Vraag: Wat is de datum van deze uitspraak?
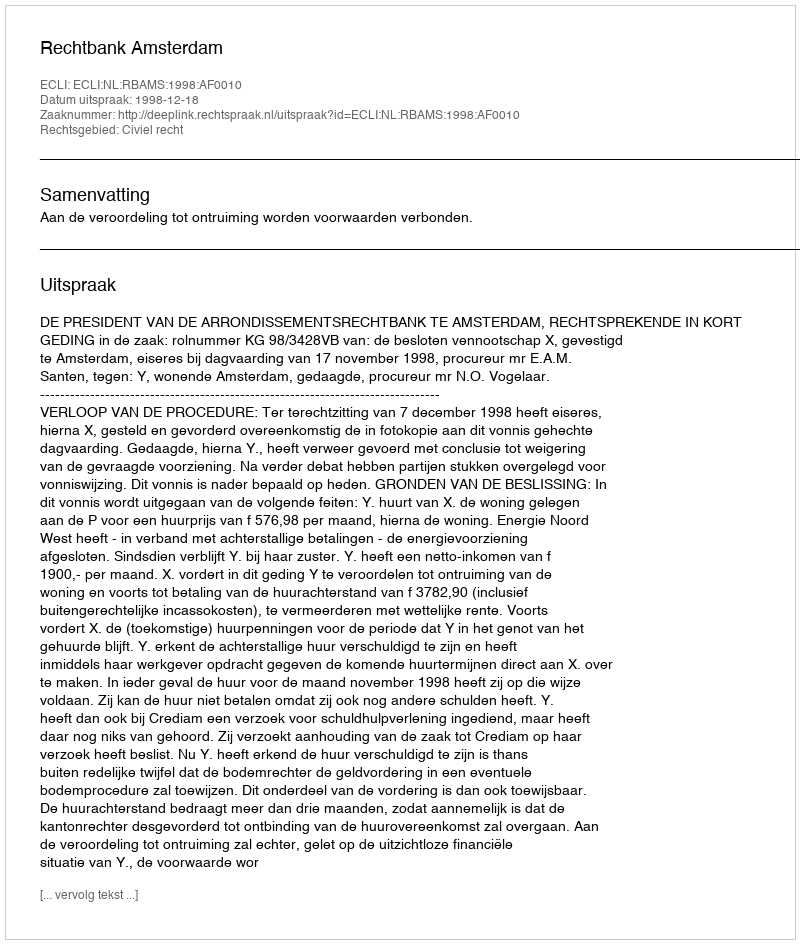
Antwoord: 1998-12-18